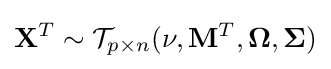
\mathbf {X} ^{T}\sim {\mathcal {T}}_{p\times n}(\nu ,\mathbf {M} ^{T},\mathbf {\Omega } ,\mathbf {\Sigma } )